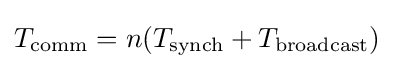
T_{\text{comm}}=n(T_{\text{synch}}+T_{\text{broadcast}})